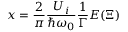
x = \frac { 2 } { \pi } \frac { U _ { i } } { \hbar \omega _ { 0 } } \frac { 1 } { \Gamma } E ( \Xi )